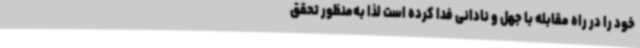
خود را در راه مقابله با جهل و نادانی فدا کرده است لذا به‌منظور تحقق